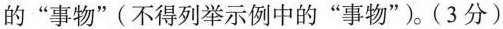
的”事物”(不得列举示例中的”事物”)(3分)